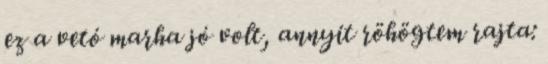
ez a vetó marha jó volt, annyit röhögtem rajta: